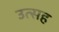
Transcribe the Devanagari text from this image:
उत्सह